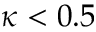
\kappa < 0 . 5